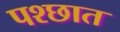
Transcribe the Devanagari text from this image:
पश्छात